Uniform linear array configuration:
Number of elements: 64
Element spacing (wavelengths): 0.75
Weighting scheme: hann
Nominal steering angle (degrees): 30
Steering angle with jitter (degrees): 29.806
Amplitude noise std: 0.05
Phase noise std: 0.05

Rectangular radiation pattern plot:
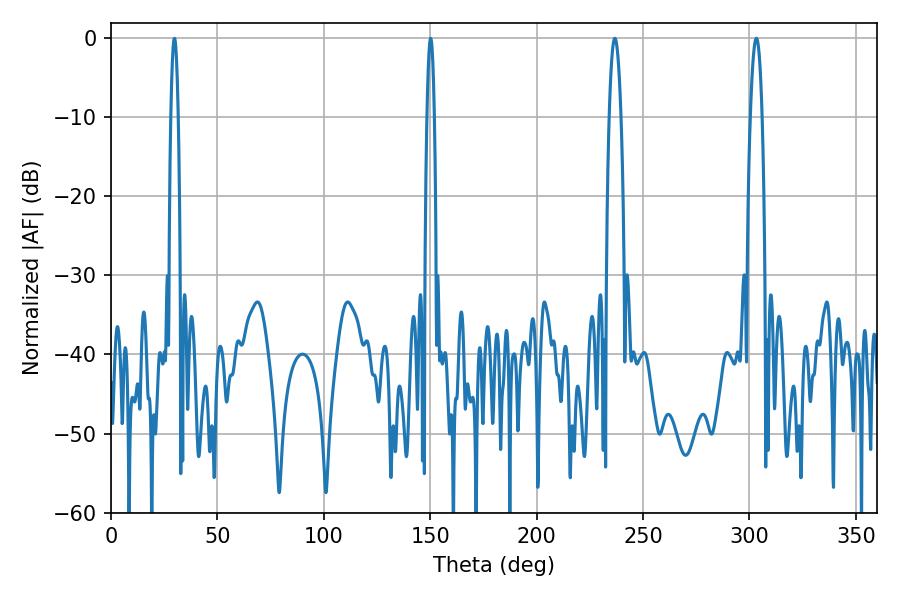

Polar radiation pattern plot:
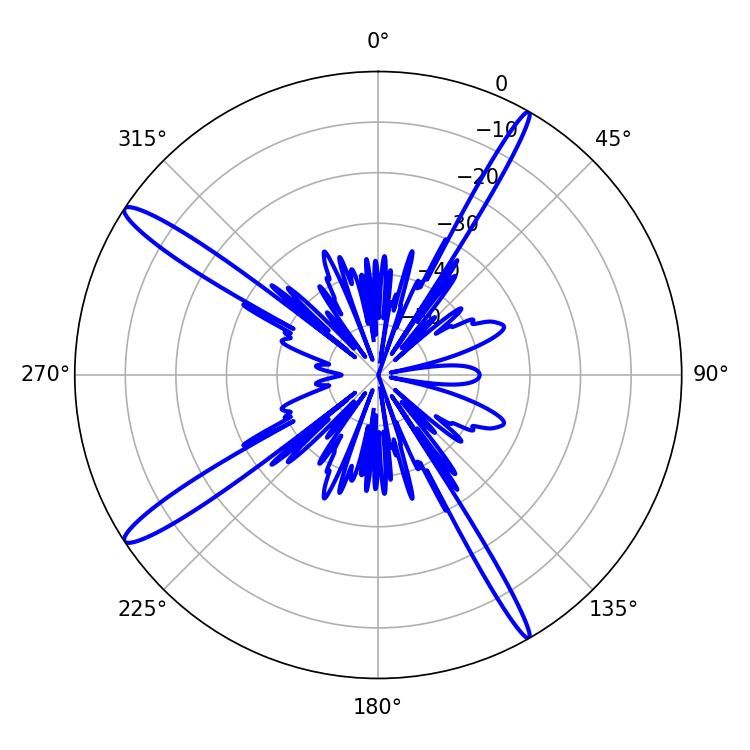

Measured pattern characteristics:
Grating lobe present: TRUE
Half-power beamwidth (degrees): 3.06
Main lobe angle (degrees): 236.7